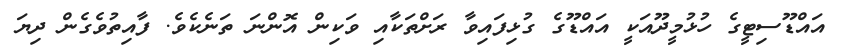
އައްޑޫސިޓީގެ ހުޅުމީދޫއަކީ އައްޑޫގެ ގުޅިފައިވާ ރަށްތަކާއި ވަކިން އޮންނަ ތަނެކެވެ. ފާއިތުވެގެން ދިޔަ